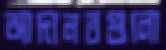
আদালতগুলো